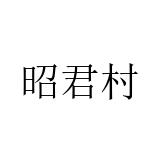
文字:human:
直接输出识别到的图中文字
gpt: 昭君村